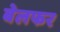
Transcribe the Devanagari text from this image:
बेलफर